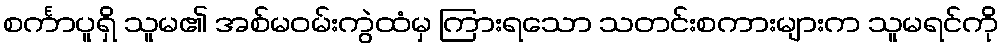
စင်္ကာပူရှိ သူမ၏ အစ်မဝမ်းကွဲထံမှ ကြားရသော သတင်းစကားများက သူမရင်ကို